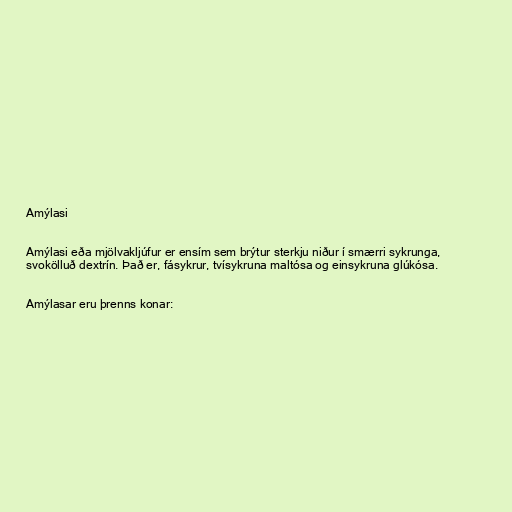
Amýlasi

Amýlasi eða mjölvakljúfur er ensím sem brýtur sterkju niður í smærri sykrunga,
svokölluð dextrín. Það er, fásykrur, tvísykruna maltósa og einsykruna glúkósa.

Amýlasar eru þrenns konar: